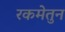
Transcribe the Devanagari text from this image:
रकमेतुन